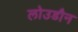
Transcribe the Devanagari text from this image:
लोउडौन